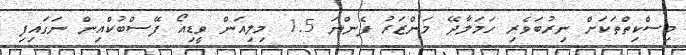
މިސްކިތްތަކަށް ނިރުބަވެރި ހަމަލާދޭ މަންޒަރު ފެންނަ 1.5 މިލިއަން ވީޑިއޯ ފޭސްބުކްއިން ނަގައިފި